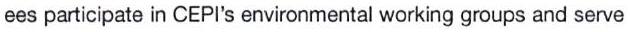
ees participate in CEPI's environmental working groups and serve